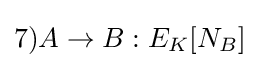
7)A\rightarrow B:E_{K}[N_{B}]